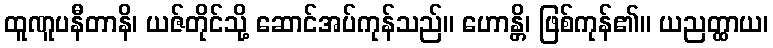
ထူဏူပနီတာနိ၊ ယဇ်တိုင်သို့ ဆောင်အပ်ကုန်သည်။ ဟောန္တိ၊ ဖြစ်ကုန်၏။ ယညတ္ထာယ၊